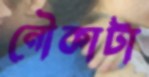
নৌকাটা